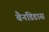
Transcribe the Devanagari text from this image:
बैनडिडास